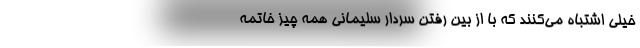
خیلی اشتباه می‌کنند که با از بین رفتن سردار سلیمانی همه چیز خاتمه